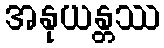
အနုယန္တဿ